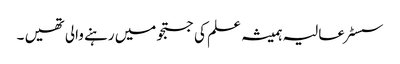
سسٹر عالیہ ہمیشہ علم کی جستجو میں رہنے والی تھیں ۔